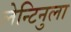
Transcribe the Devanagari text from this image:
लेन्टिनुला